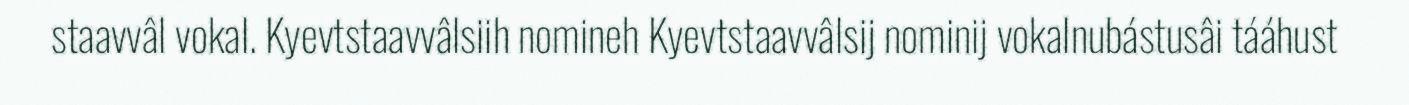
staavvâl vokal. Kyevtstaavvâlsiih nomineh Kyevtstaavvâlsij nominij vokalnubástusâi tááhust